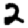
Digit: 2